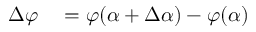
\begin{array} { r l } { \Delta \varphi } & { { } = \varphi ( \alpha + \Delta \alpha ) - \varphi ( \alpha ) } \end{array}